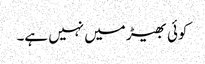
کوئی بھیڑ میں نہیں ہے۔